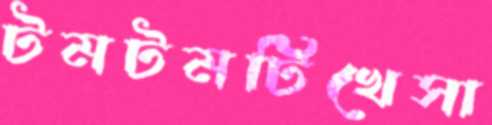
টমটমটিখেসা